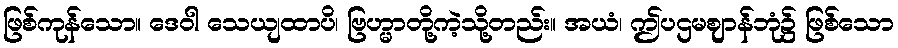
ဖြစ်ကုန်သော။ ဒေဝါ သေယျထာပိ၊ ဗြဟ္မာတို့ကဲ့သို့တည်း။ အယံ၊ ဤပဌမဈာန်ဘုံ၌ ဖြစ်သော